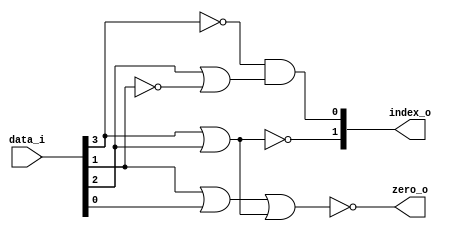
module Leading_Zero_4bit(
    input [3:0] data_i,
    output [1:0] index_o,
    output zero_o
    );
    wire temp;
    wire temp_1;
    wire temp_2;
    or (temp, data_i[2], ~data_i[1]);
    nor (index_o[1], data_i[3], data_i[2]);
    and (index_o[0], ~data_i[3], temp);
    
    or (temp_1,data_i[1],data_i[0]);
    or (temp_2,data_i[3],data_i[2]);
    nor (zero_o, temp_1,temp_2);
endmodule